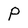
Character: P